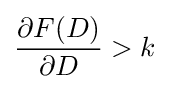
{\partial F(D) \over \partial D}>k